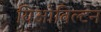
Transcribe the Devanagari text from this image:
यिओविल्टन